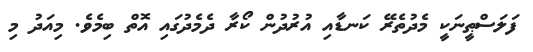
ފަލަސްޠީނަކީ މެދުތެރޭ ކަނޑާއި އުރުދުން ކޯރާ ދެމެދުގައި އޮތް ބިމެވެ. މިއަދު މި